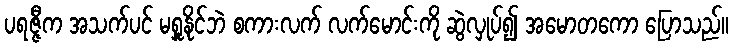
ပရဇ္ဇီက အသက်ပင် မရှူနိုင်ဘဲ စကားလက် လက်မောင်းကို ဆွဲလှုပ်၍ အမောတကော ပြောသည်။